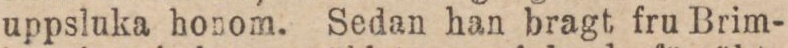
uppsluka honom. Sedan han bragt fru Brim-